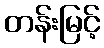
တန်းမြင့်